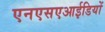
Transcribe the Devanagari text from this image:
एनएसएआईडियों